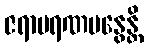
ဇရာမရဏမနွေန္တိ